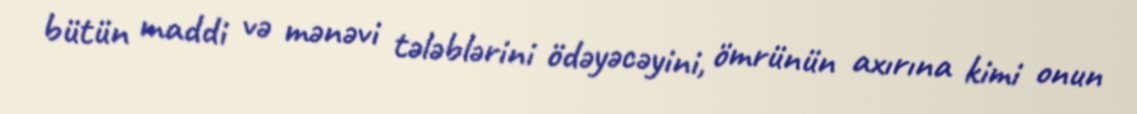
bütün maddi və mənəvi tələblərini ödəyəcəyini, ömrünün axırına kimi onun